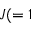
J ( = 1